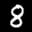
Label: 8